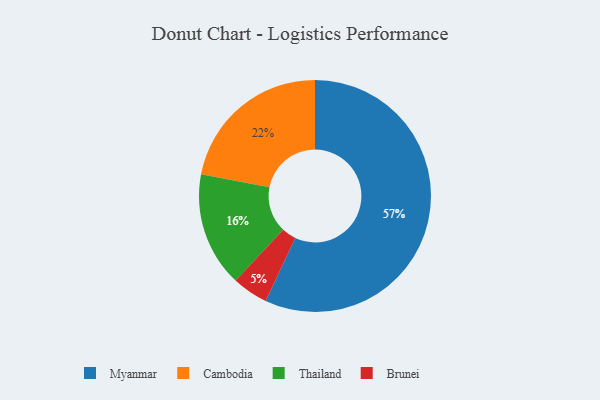
{"axis": {"x": "Category", "y": "Percentage"}, "legend": ["Brunei", "Cambodia", "Myanmar", "Thailand"], "data": [{"x": "Myanmar", "y": 57, "type": "Myanmar"}, {"x": "Brunei", "y": 5, "type": "Brunei"}, {"x": "Cambodia", "y": 22, "type": "Cambodia"}, {"x": "Thailand", "y": 16, "type": "Thailand"}]}